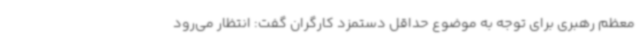
معظم رهبری برای توجه به موضوع حداقل دستمزد کارگران گفت: انتظار می‌رود